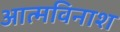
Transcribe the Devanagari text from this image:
आत्मविनाश